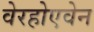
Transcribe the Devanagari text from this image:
वेरहोएवेन